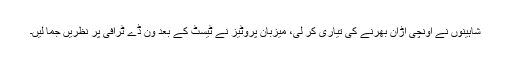
شاہینوں نے اونچی اڑان بھرنے کی تیاری کر لی، میزبان پروٹیز نے ٹیسٹ کے بعد ون ڈے ٹرافی پر نظریں جما لیں۔